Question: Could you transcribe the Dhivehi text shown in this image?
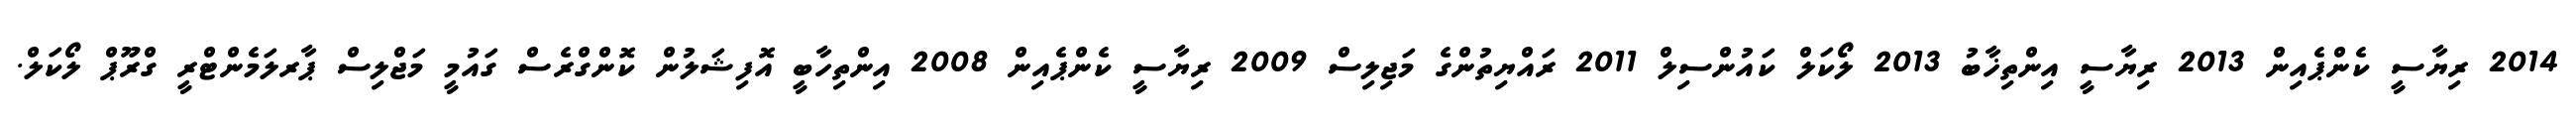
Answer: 2014 ރިޔާސީ ކެންޕެއިން 2013 ރިޔާސީ އިންތިޚާބު 2013 ލޯކަލް ކައުންސިލް 2011 ރައްޔިތުންގެ މަޖިލިސް 2009 ރިޔާސީ ކެންޕެއިން 2008 އިންތިހާބީ އޮފިޝަލުން ކޮންގްރެސް ގައުމީ މަޖްލިސް ޕާރލަމެންޓްރީ ގްރޫޕް ލޯކަލް.